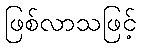
ဖြစ်လာသဖြင့်